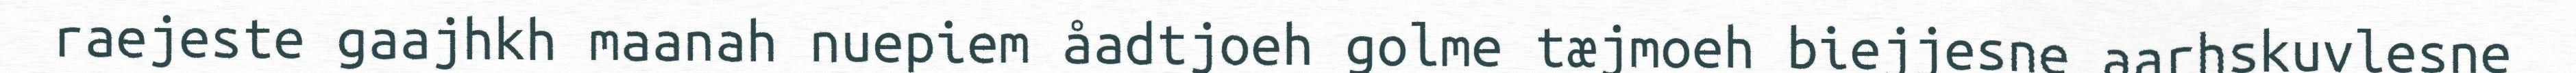
raejeste gaajhkh maanah nuepiem åadtjoeh golme tæjmoeh biejjesne aarhskuvlesne